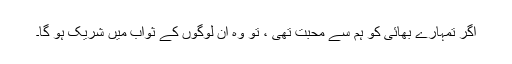
اگر تمہارے بھائی کو ہم سے محبت تھی ، تو وہ ان لوگوں کے ثواب میں شریک ہو گا۔